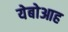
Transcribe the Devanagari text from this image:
येबोआह